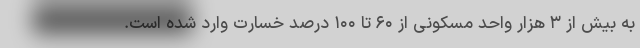
به بیش از ۳ هزار واحد مسکونی از ۶۰ تا ۱۰۰ درصد خسارت وارد شده است.